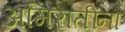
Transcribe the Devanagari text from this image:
अमिरातींना